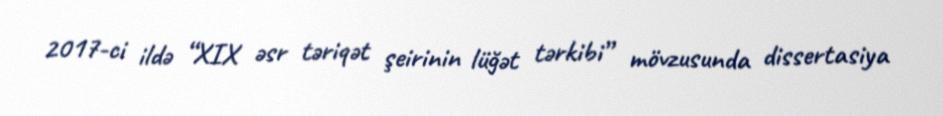
2017-ci ildə “XIX əsr təriqət şeirinin lüğət tərkibi” mövzusunda dissertasiya